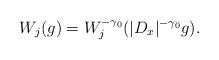
LaTeX: \begin{align*}W_j (g) = W_j^{-\gamma_0}(|D_x|^{-\gamma_0}g).\end{align*}